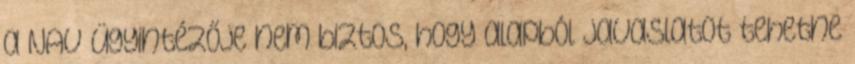
a NAV ügyintézője nem biztos, hogy alapból javaslatot tehetne